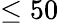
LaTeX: \le 50